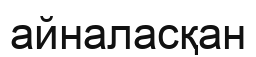
айналасқан